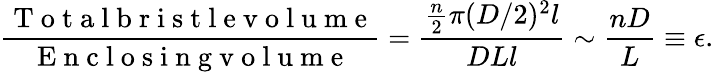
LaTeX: \frac{\mathrm{~T~o~t~a~l~b~r~i~s~t~l~e~v~o~l~u~m~e~}}{\mathrm{~E~n~c~l~o~s~i~n~g~v~o~l~u~m~e~}}=\frac{\frac{n}{2}\pi(D/2)^{2}l}{DLl}\sim\frac{nD}{L}\equiv\epsilon.